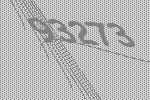
93273